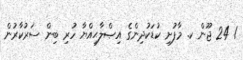
1 24 ޖޫން ކ. މާފުށި ކުޑަކުދިންގެ އިޞްލާޙިއްޔާ ހުރި ބިން ސަރުކާރުން